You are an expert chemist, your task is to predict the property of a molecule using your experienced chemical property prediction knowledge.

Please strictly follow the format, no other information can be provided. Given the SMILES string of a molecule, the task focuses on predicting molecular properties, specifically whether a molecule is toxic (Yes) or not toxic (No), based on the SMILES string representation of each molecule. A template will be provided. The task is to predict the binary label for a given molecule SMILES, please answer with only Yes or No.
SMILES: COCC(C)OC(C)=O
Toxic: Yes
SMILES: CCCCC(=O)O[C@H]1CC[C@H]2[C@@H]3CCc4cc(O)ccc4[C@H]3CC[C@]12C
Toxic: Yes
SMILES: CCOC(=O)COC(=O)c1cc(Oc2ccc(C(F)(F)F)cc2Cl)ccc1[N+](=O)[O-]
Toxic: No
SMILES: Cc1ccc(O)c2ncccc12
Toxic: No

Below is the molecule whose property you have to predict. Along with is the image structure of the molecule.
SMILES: Cc1ccc(Nc2nccc(N(C)c3ccc4c(C)n(C)nc4c3)n2)cc1S(N)(=O)=O
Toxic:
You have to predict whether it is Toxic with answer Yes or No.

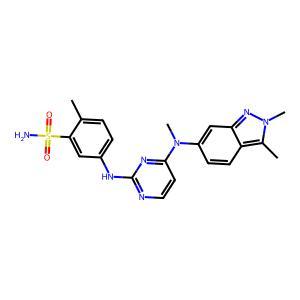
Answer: No